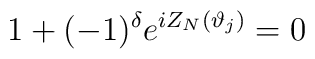
1+(-1)^{\delta }e^{iZ_{N}(\vartheta _{j})}=0